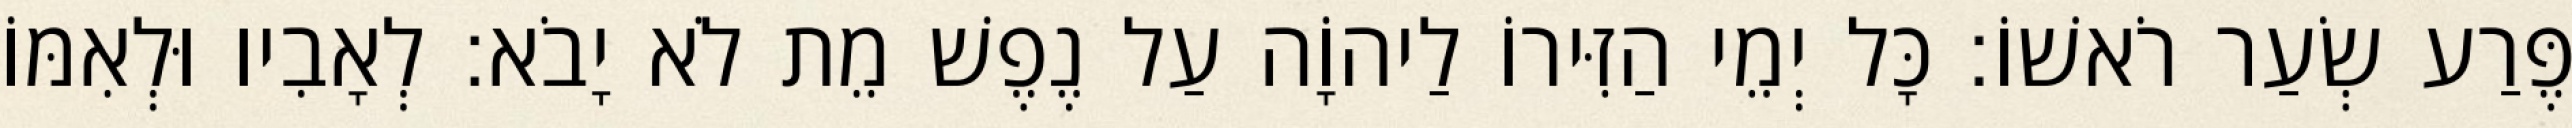
פֶּרַע שְׂעַר רֹאשׁוֹ׃ כָּל יְמֵי הַזִּירוֹ לַיהוָֹה עַל נֶפֶשׁ מֵת לֹא יָבֹא׃ לְאָבִיו וּלְאִמּוֹ